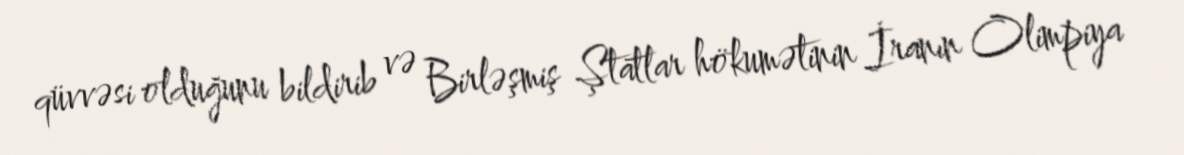
qüvvəsi olduğunu bildirib və Birləşmiş Ştatlar hökumətinin İranın Olimpiya